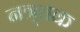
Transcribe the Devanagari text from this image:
नत्र्तक